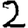
Digit: 2